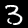
Label: 3